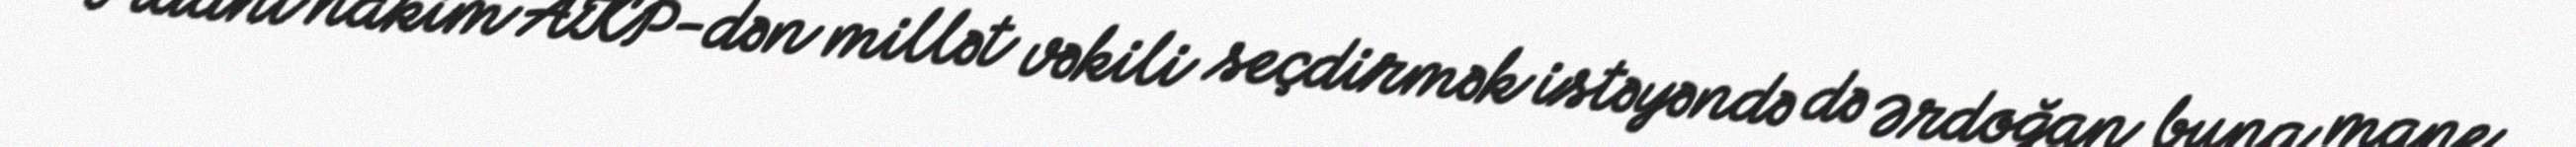
Fidanı hakim AKP-dən millət vəkili seçdirmək istəyəndə də Ərdoğan buna mane